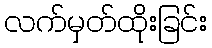
လက်မှတ်ထိုးခြင်း